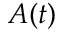
A ( t )